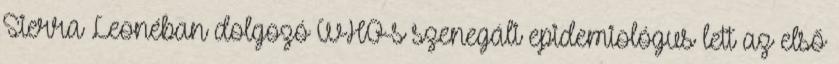
Sierra Leonéban dolgozó WHO-s szenegáli epidemiológus lett az első